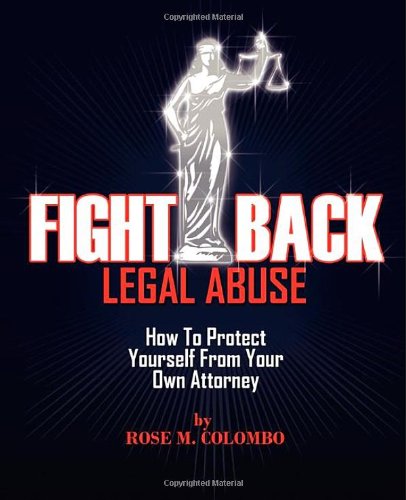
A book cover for Fight Back Legal Abuse: How to Protect Yourself From Your Own Attorney; Rose Colombo; Law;